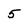
Character: 5